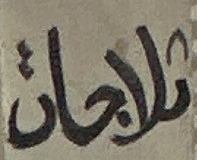
ثلاجات